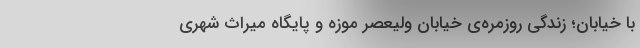
با خیابان؛ زندگی روزمره‌ی خیابان ولیعصر موزه و پایگاه میراث شهری